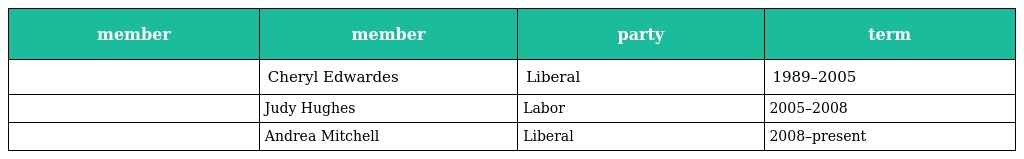
| member | member | party | term |
 | --- | --- | --- | --- |
 |  | Cheryl Edwardes | Liberal | 1989–2005 |
 |  | Judy Hughes | Labor | 2005–2008 |
 |  | Andrea Mitchell | Liberal | 2008–present |